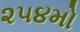
૨૫૪મો